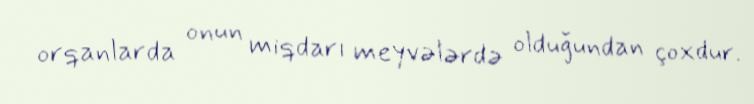
orqanlarda onun miqdarı meyvələrdə olduğundan çoxdur.